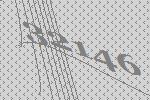
32146